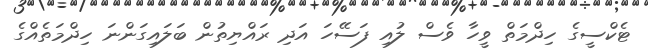
ޓެކްސީގެ ހިދްމަތް ވީހާ ވެސް ލުއި ފަސޭހަ އަދި ރައްޔިތުން ބަލައިގަންނަ ހިދްމަތެއްގެ